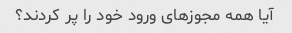
آیا همه مجوزهای ورود خود را پر کردند؟